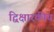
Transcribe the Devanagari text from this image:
द्विक्षारकीय